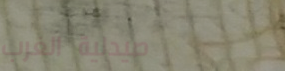
صيدلية الغرب